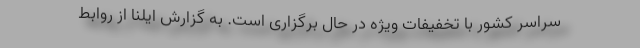
سراسر کشور با تخفیفات ویژه در حال برگزاری است. به گزارش ایلنا از روابط